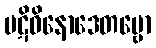
ပဋိဝိနောဒေတဗ္ဗော